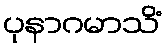
ပုနာဂမာသိံ